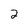
Character: 2